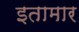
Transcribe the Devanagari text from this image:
इतामार